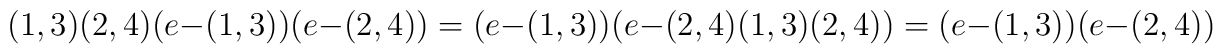
(1,3)(2,4) (e-(1,3))(e-(2,4))  = (e-(1,3))(e-(2,4)(1,3)(2,4)) = (e-(1,3))(e-(2,4))